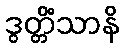
ဒွတ္တိံသာနိ